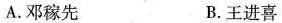
A.邓稼先B.王进喜